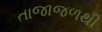
તાજાજળથી